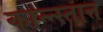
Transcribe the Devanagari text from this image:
कान्न्स्तात्त